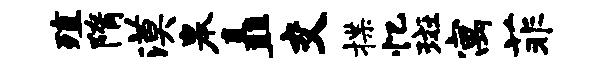
殖隋漠皋矗交揲忆斑寓菲